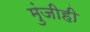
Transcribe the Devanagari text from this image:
मुंजीही